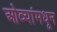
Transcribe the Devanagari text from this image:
ओव्यांमधून